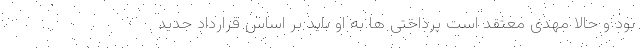
بود و حالا مهدی معتقد است پرداختی ها به او باید بر اساس قرارداد جدید